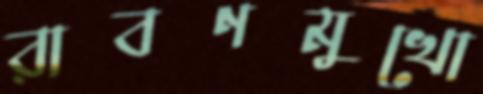
রাবণমুখো